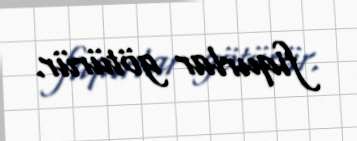
fiqurlar götürür.